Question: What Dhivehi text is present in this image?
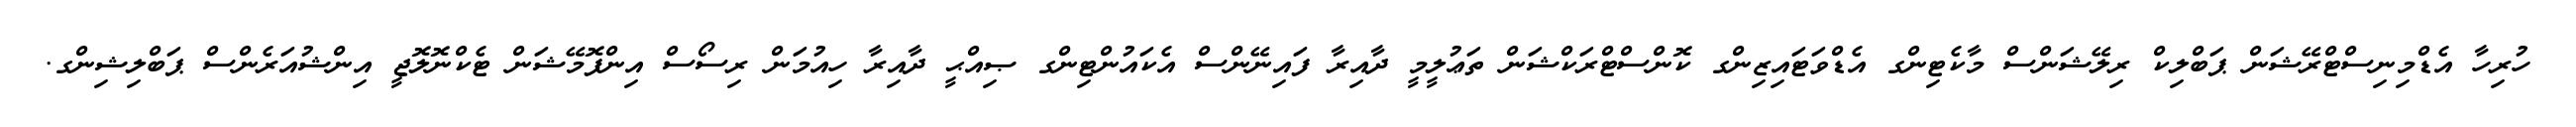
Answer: ހުރިހާ އެޑްމިނިސްޓްރޭޝަން ޕަބްލިކް ރިލޭޝަންސް މާކެޓިންގ އެޑްވަޓައިޒިންގ ކޮންސްޓްރަކްޝަން ތަޢުލީމީ ދާއިރާ ފައިނޭންސް އެކައުންޓިންގ ޞިއްޙީ ދާއިރާ ހިއުމަން ރިސޯސް އިންފޮމޭޝަން ޓެކްނޮލޮޖީ އިންޝުއަރެންސް ޕަބްލިޝިންގ.